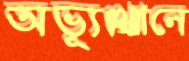
অভ্যূত্থানে